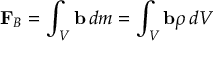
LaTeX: \mathbf { F } _ { B } = \int _ { V } \mathbf { b } \, d m = \int _ { V } \mathbf { b } \rho \, d V